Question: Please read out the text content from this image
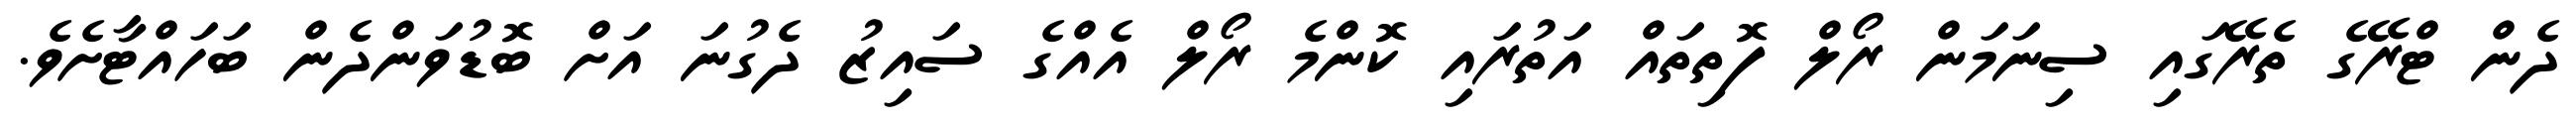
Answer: ދެން ޓްރޭގެ ތެރޭގައި ސިނަމަން ރޯލް ފޮތިތައް އަތުރައި ކޮންމެ ރޯލް އެއްގެ ސައިޒު ދެގުނަ އަށް ބޮޑުވަންދެން ބަހައްޓާށެވެ.